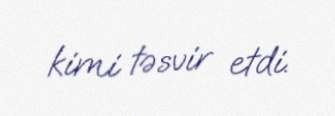
kimi təsvir etdi.